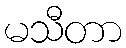
မသီတာ